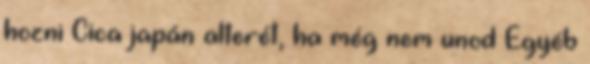
hozni Cica japán alterét, ha még nem unod Egyéb